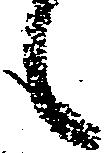
候